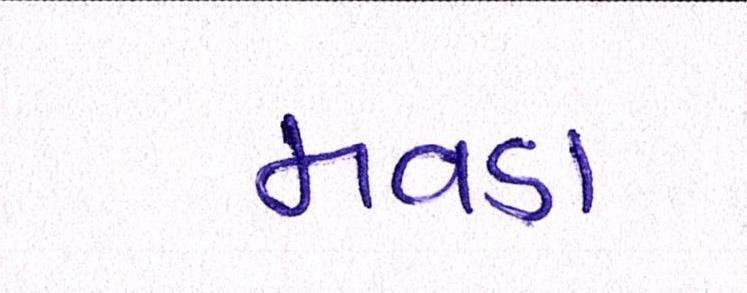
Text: મવડા